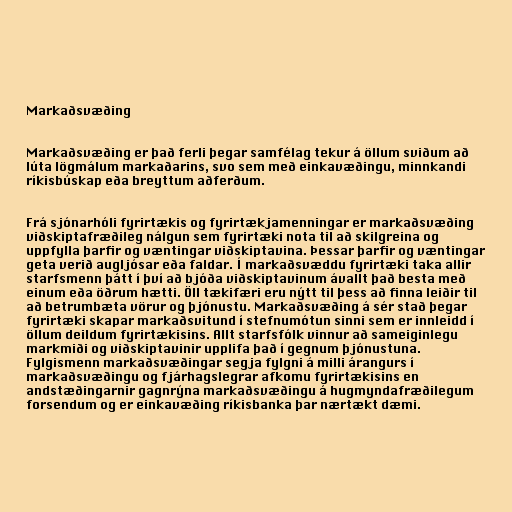
Markaðsvæðing

Markaðsvæðing er það ferli þegar samfélag tekur á öllum sviðum að
lúta lögmálum markaðarins, svo sem með einkavæðingu, minnkandi
ríkisbúskap eða breyttum aðferðum.

Frá sjónarhóli fyrirtækis og fyrirtækjamenningar er markaðsvæðing
viðskiptafræðileg nálgun sem fyrirtæki nota til að skilgreina og
uppfylla þarfir og væntingar viðskiptavina. Þessar þarfir og væntingar
geta verið augljósar eða faldar. Í markaðsvæddu fyrirtæki taka allir
starfsmenn þátt í því að bjóða viðskiptavinum ávallt það besta með
einum eða öðrum hætti. Öll tækifæri eru nýtt til þess að finna leiðir til
að betrumbæta vörur og þjónustu. Markaðsvæðing á sér stað þegar
fyrirtæki skapar markaðsvitund í stefnumótun sinni sem er innleidd í
öllum deildum fyrirtækisins. Allt starfsfólk vinnur að sameiginlegu
markmiði og viðskiptavinir upplifa það í gegnum þjónustuna.
Fylgismenn markaðsvæðingar segja fylgni á milli árangurs í
markaðsvæðingu og fjárhagslegrar afkomu fyrirtækisins en
andstæðingarnir gagnrýna markaðsvæðingu á hugmyndafræðilegum
forsendum og er einkavæðing ríkisbanka þar nærtækt dæmi.